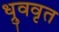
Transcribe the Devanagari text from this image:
ध्रुववृत